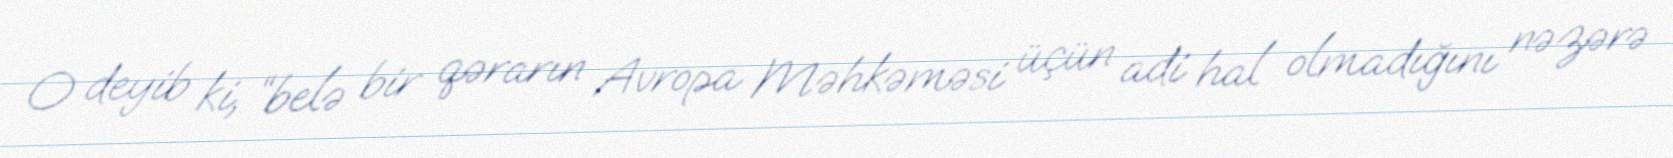
O deyib ki, “belə bir qərarın Avropa Məhkəməsi üçün adi hal olmadığını nəzərə